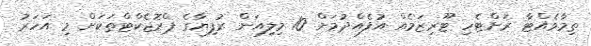
ތިމާވެއްޓާ ރަށްޓެހި ޓޫރިޒަމެއް އުފެއްދުމަށް 10 މިލިއަން ރުފިޔާގެ ޕްރޮޖެކްޓްތަކަށް މި އަހަރު